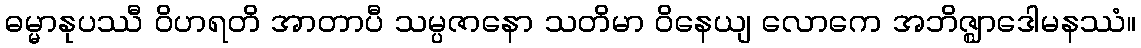
ဓမ္မာနုပဿီ ဝိဟရတိ အာတာပီ သမ္ပဇာနော သတိမာ ဝိနေယျ လောကေ အဘိဇ္ဈာဒေါမနဿံ။